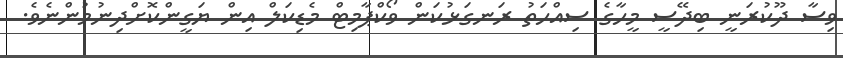
ވިސާ ދޫކުރަނީ ބިދޭސީ މީހާގެ ސިއްހަތު ރަނގަޅުކަން ވޯކްޕާމިޓް މެޑިކަލް އިން ޔަގީންކޮށްދިނުމުންނެވެ.